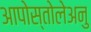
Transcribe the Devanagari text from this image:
आपोस्तोलेअनु